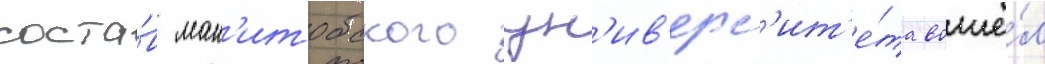
соста́в ман'итобского ун'ив'ерс'ит'е́та вошё́л